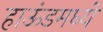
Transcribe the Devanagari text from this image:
हाऊंडमध्ये